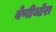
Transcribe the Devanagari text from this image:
वेणीथोरा